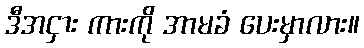
ဒီအငှား ကားကို အာမခံ ပေးမှာလား။